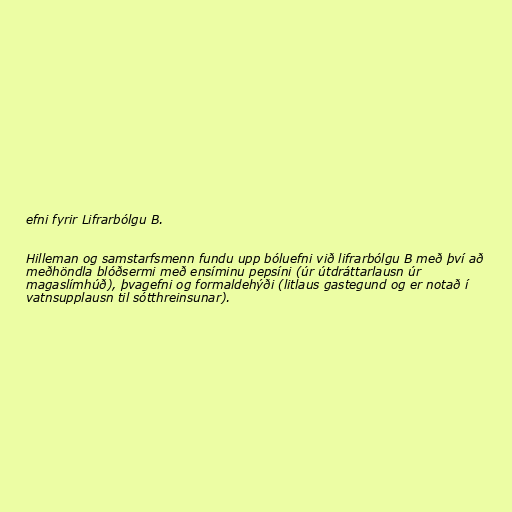
efni fyrir Lifrarbólgu B.

Hilleman og samstarfsmenn fundu upp bóluefni við lifrarbólgu B með því að
meðhöndla blóðsermi með ensíminu pepsíni (úr útdráttarlausn úr
magaslímhúð), þvagefni og formaldehýði (litlaus gastegund og er notað í
vatnsupplausn til sótthreinsunar).